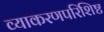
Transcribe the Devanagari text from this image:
व्याकरणपरिशिष्ट